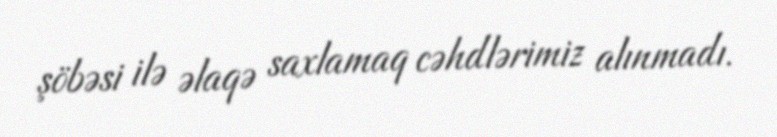
şöbəsi ilə əlaqə saxlamaq cəhdlərimiz alınmadı.